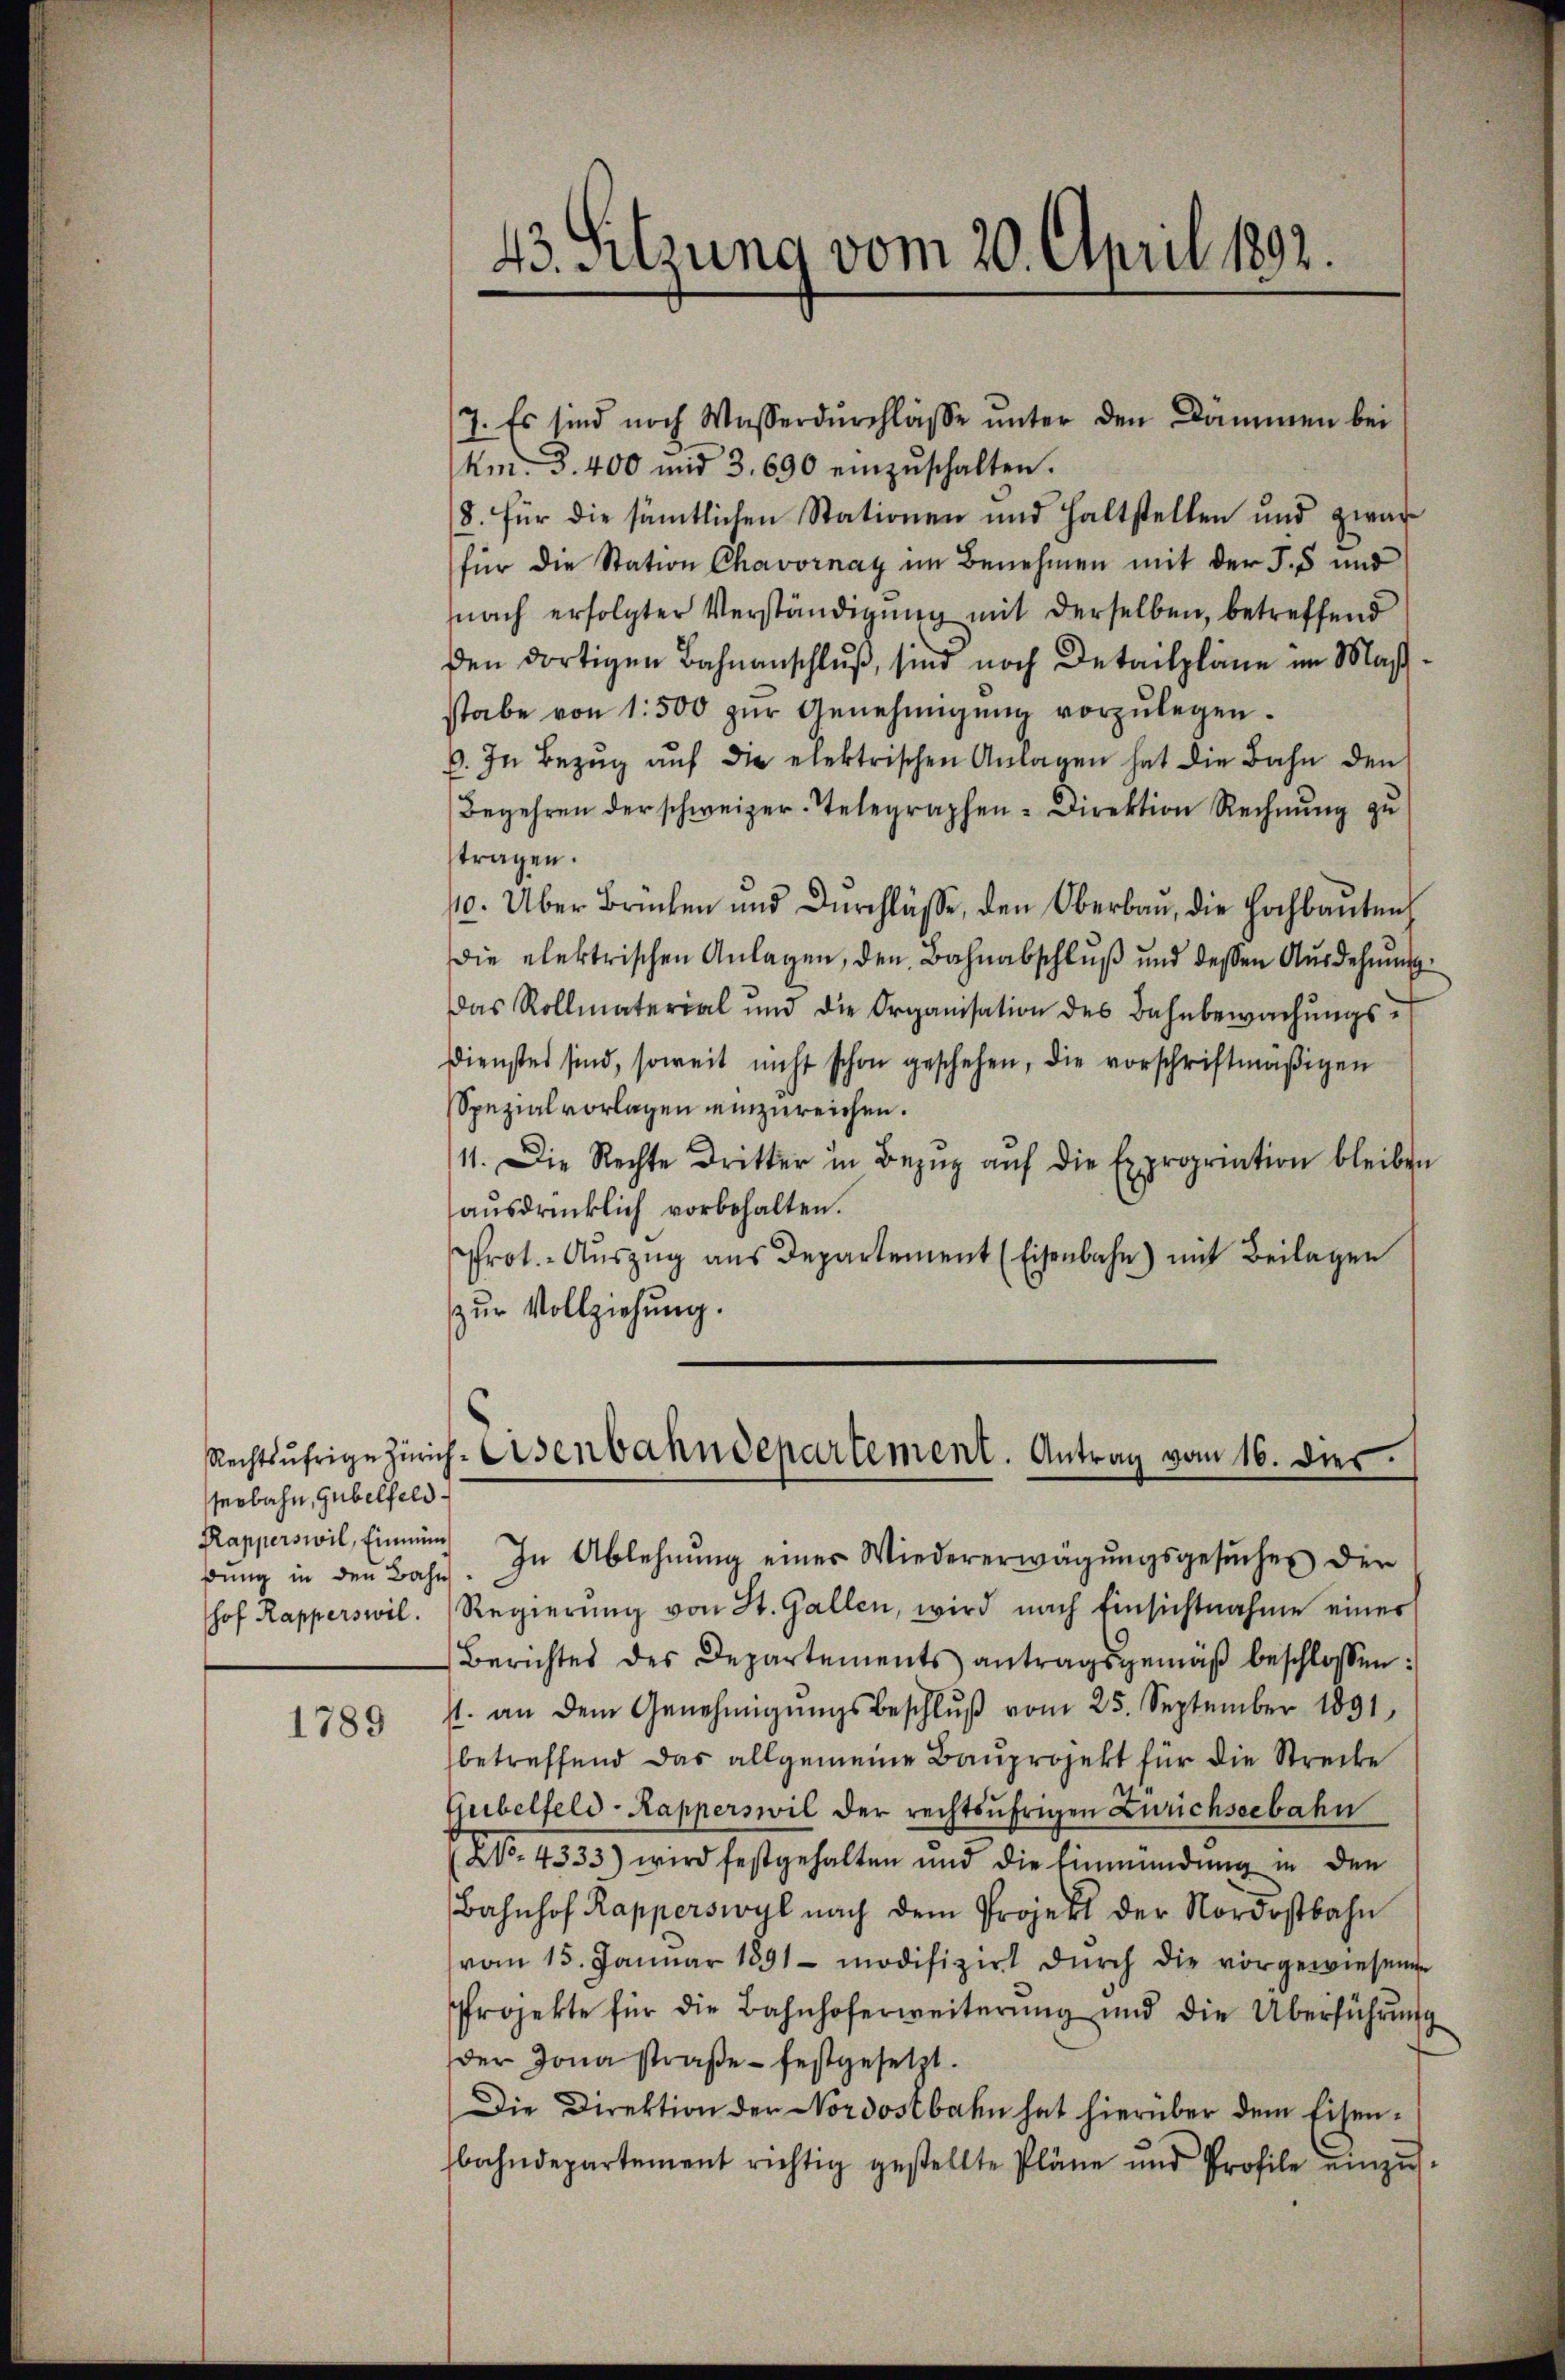
serbahn, Gubelfeld.
Rapperswil, Einmün
hof Rapperswil.

1789

7. Es sind noch Wasserdurchlasse ŭnter den Dämmen bei
Am. 3. 400 mit 3. 690 einzŭschalten.
8. für die sämtlichen Stationen und haltstellen und zwar
für die Station Chavornay im Benehmen mit der S. 5 und
nach erfolgter Verständigung mit derselben, betreffend
den dortigen Bahnanschluß, sind noch Detailpläne im Maßstabe von 1500 zŭr Genehmigŭng vorzŭlegen.
6. In Bezŭg aŭf die elektrischen Anlagen hat die Bahn den
Begehren der schweizer. Telegraphen- Direktion Rechnung zu
tragen.
10. Über Brüchen und Durchlässe, den Oberbau, die Hochbaŭten
die elektrischen Anlagen, den Bahnabschluß und dessen Ausdehnung
Das Rollmaterial und die Organisation des Bahnbewachŭngs-
Dienstes sind, soweit nicht schon geschehen, die vorschriftmäβigen
Spezialvorlagen einzureichen.
11. Die Rechte dritter in Bezŭg aŭf die Expropriation bleiben
aŭsdrücklich vorbehalten.
Prot. Aŭszŭg ans Departement (Eisenbahn) mit Beilagen
zŭr Vollziehung.
bŭng in den Bahn. In Ablehnŭng einer Wiedererwägŭngsgesŭches der
Regierŭng von St. Gallen, wird nach Einsichtnahme einer
Berichtes des Departements antragsgemäβ beschlossen:
s. an dem Genehmigŭngsbeschlŭβ vom 25. September 1891
betreffend das allgemeine Bauprojekt für die Strecke
Ejubelfeld-Kapperswil der rechtsufrigen Zürichseebahn
(NNo. 4333) wird festgehalten und die Einmündung in den
Bahnhof Kapperswyl nach dem Projekt der Nordostbahn
vom 15. Janŭar 1891 modifizirt dŭrch die vorgewiesenen
Projekte für die Bahnhoferweiterŭng und die Überführŭng
der Jona straße festgesetzt.
Die Direktion der Nordostbahn hat hierüber dem Eisenbahndepartement richtig gestellte Pläne und Profile einzŭs-

43. Sitzung vom 20. April 1892.

Rechtsufrige Zürich. Eisenbahndepartement. Antrag vom 16. dies